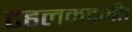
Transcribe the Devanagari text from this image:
टहलकदमी।